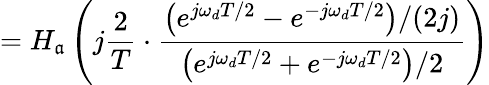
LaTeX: =H_{\mathfrak{a}}\left(j{\frac{{2}}{{T}}}\cdot{\frac{{\left(e^{j\omega_{d}T/2}-e^{-j\omega_{d}T/2}\right)/(2j)}}{{\left(e^{j\omega_{d}T/2}+e^{-j\omega_{d}T/2}\right)/2}}}\right)